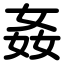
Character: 姦